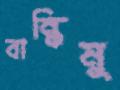
বান্ধিমু